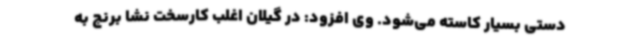
دستی بسیار کاسته می‌شود. وی افزود: در گیلان اغلب کارسخت نشا برنج به